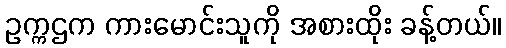
ဥက္ကဌက ကားမောင်းသူကို အစားထိုး ခန့်တယ်။